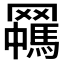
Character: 𱻈